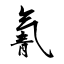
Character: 氰